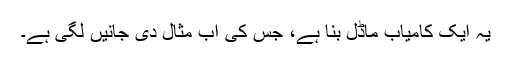
یہ ایک کامیاب ماڈل بنا ہے، جس کی اب مثال دی جانیں لگی ہے۔